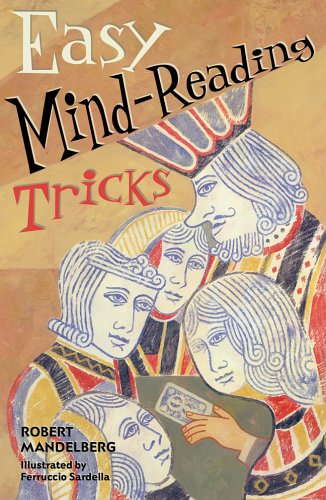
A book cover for Easy Mind-Reading Tricks; Robert Mandelberg; Teen & Young Adult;